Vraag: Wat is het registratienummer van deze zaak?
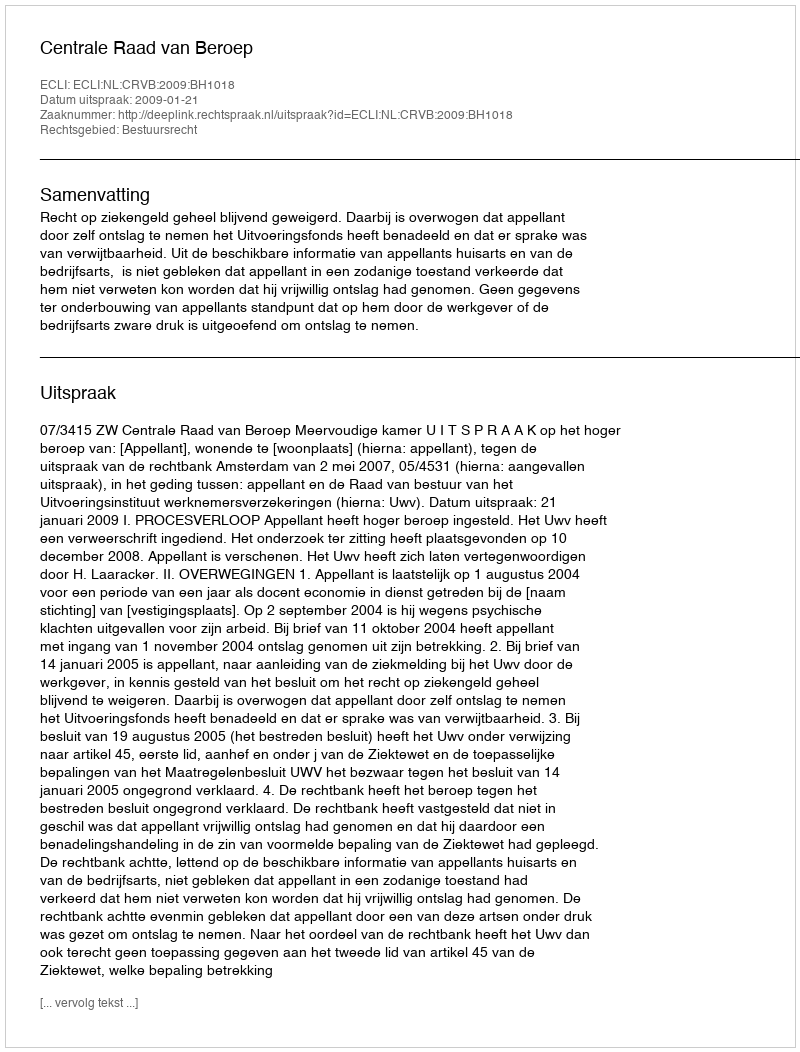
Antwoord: http://deeplink.rechtspraak.nl/uitspraak?id=ECLI:NL:CRVB:2009:BH1018